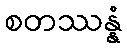
စတဿန္နံ